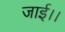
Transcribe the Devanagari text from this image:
जाई।।